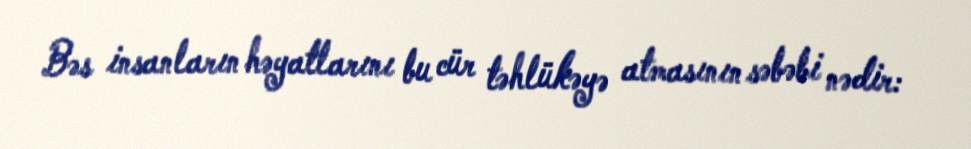
Bəs insanların həyatlarını bu cür təhlükəyə atmasının səbəbi nədir: